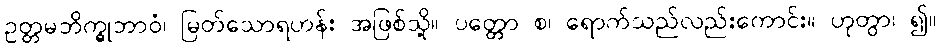
ဥတ္တမဘိက္ခုဘာဝံ၊ မြတ်သောရဟန်း အဖြစ်သို့။ ပတ္တော စ၊ ရောက်သည်လည်းကောင်း။ ဟုတွာ၊ ၍။